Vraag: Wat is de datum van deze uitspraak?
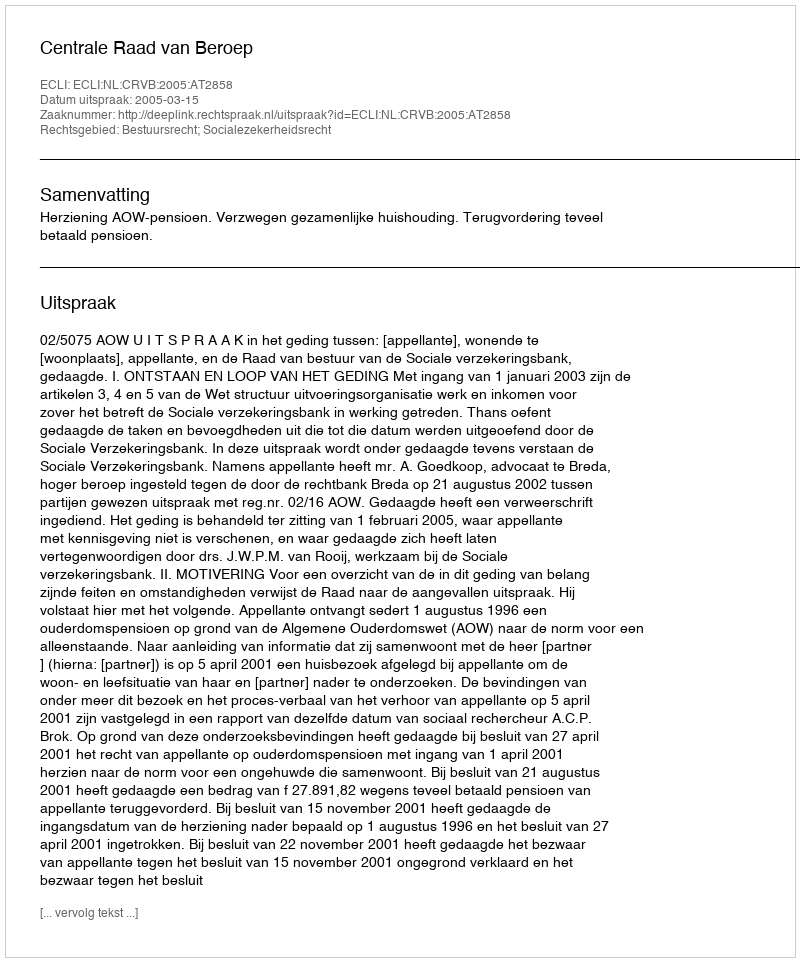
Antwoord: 2005-03-15